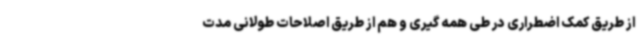
از طریق کمک اضطراری در طی همه گیری و هم از طریق اصلاحات طولانی مدت